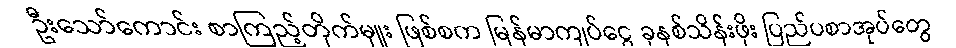
ဦးသော်ကောင်း စာကြည့်တိုက်မှူး ဖြစ်စက မြန်မာကျပ်ငွေ ခုနစ်သိန်းဖိုး ပြည်ပစာအုပ်တွေ